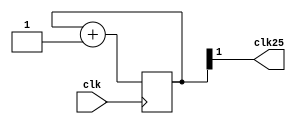
`timescale 1ns / 1ps
//////////////////////////////////////////////////////////////////////////////////
// Company: 
// Engineer: 
// 
// Design Name: 
// Module Name:    clk25MHz 
// Project Name: 
// Target Devices: 
// Tool versions: 
// Description: 
//
// Dependencies: 
//
// Revision: 
// Revision 0.01 - File Created
// Additional Comments: 
//
//////////////////////////////////////////////////////////////////////////////////
module clk25MHz(
			input clk,
			output clk25
    );
	 reg [1:0] count;
	 
	 always @(posedge clk)
	 begin
			count <= count + 1;
	 end

	assign clk25 = count[1];
endmodule